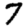
Digit: 7